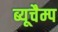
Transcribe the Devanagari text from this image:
ब्यूचैम्प